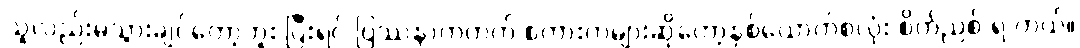
သူလည်းမသွားချင်တော့ဘူး ပြီးရင် ပြဿနာကတက် စကားကများဆိုတော့နှစ်ယောက်စလုံး စိတ်ညစ် ရ တယ်။